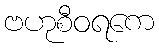
ဗဟုစီဝရကေ